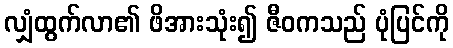
လျှံထွက်လာ၏ ဖိအားသုံး၍ ဇီဝကသည် ပုံပြင်ကို